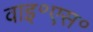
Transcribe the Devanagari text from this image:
वाइ॰एस॰